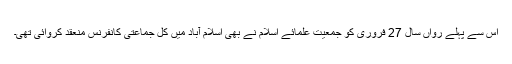
اس سے پہلے رواں سال 27 فروری کو جمعیت علمائے اسلام نے بھی اسلام آباد میں کل جماعتی کانفرنس منعقد کروائی تھی۔